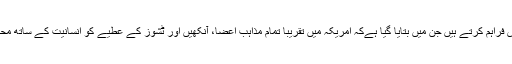
ادارے شہریوں کو فیکٹ شیٹس فراہم کرتے ہیں جِن میں بتایا گیا ہےکہ امریکہ میں تقریباً تمام مذاہب اعضا، آنکھیں اور ٹشوز کے عطیے کو انسانیت کے ساتھ محبت کے طور پر دیکھتے ہیں۔